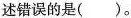
述错误的是( )。